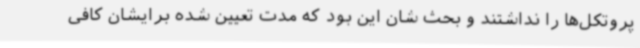
پروتکل‌ها را نداشتند و بحث شان این بود که مدت تعیین شده برایشان کافی